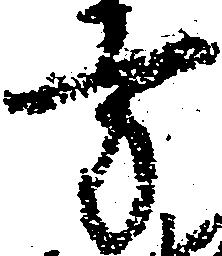
方